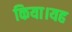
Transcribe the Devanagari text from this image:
किया।यह